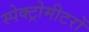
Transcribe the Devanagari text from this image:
स्पेक्ट्रोमीटरों